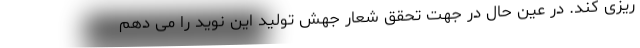
ریزی کند. در عین حال در جهت تحقق شعار جهش تولید این نوید را می دهم